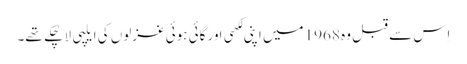
اِس سے قبل وہ 1968 میں اپنی لِکھی اَور گائی ہوئی غزلوں کی ایلپی لا چُکے تھے۔